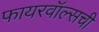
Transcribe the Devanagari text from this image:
फायरवॉल्सची